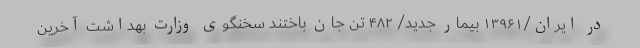
در ایران/۱۳۹۶۱ بیمار جدید/ ۴۸۲ تن جان باختند سخنگوی وزارت بهداشت آخرین